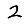
Digit: 2